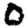
Digit: 0